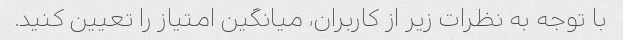
با توجه به نظرات زیر از کاربران، میانگین امتیاز را تعیین کنید.